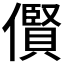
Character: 𫣴